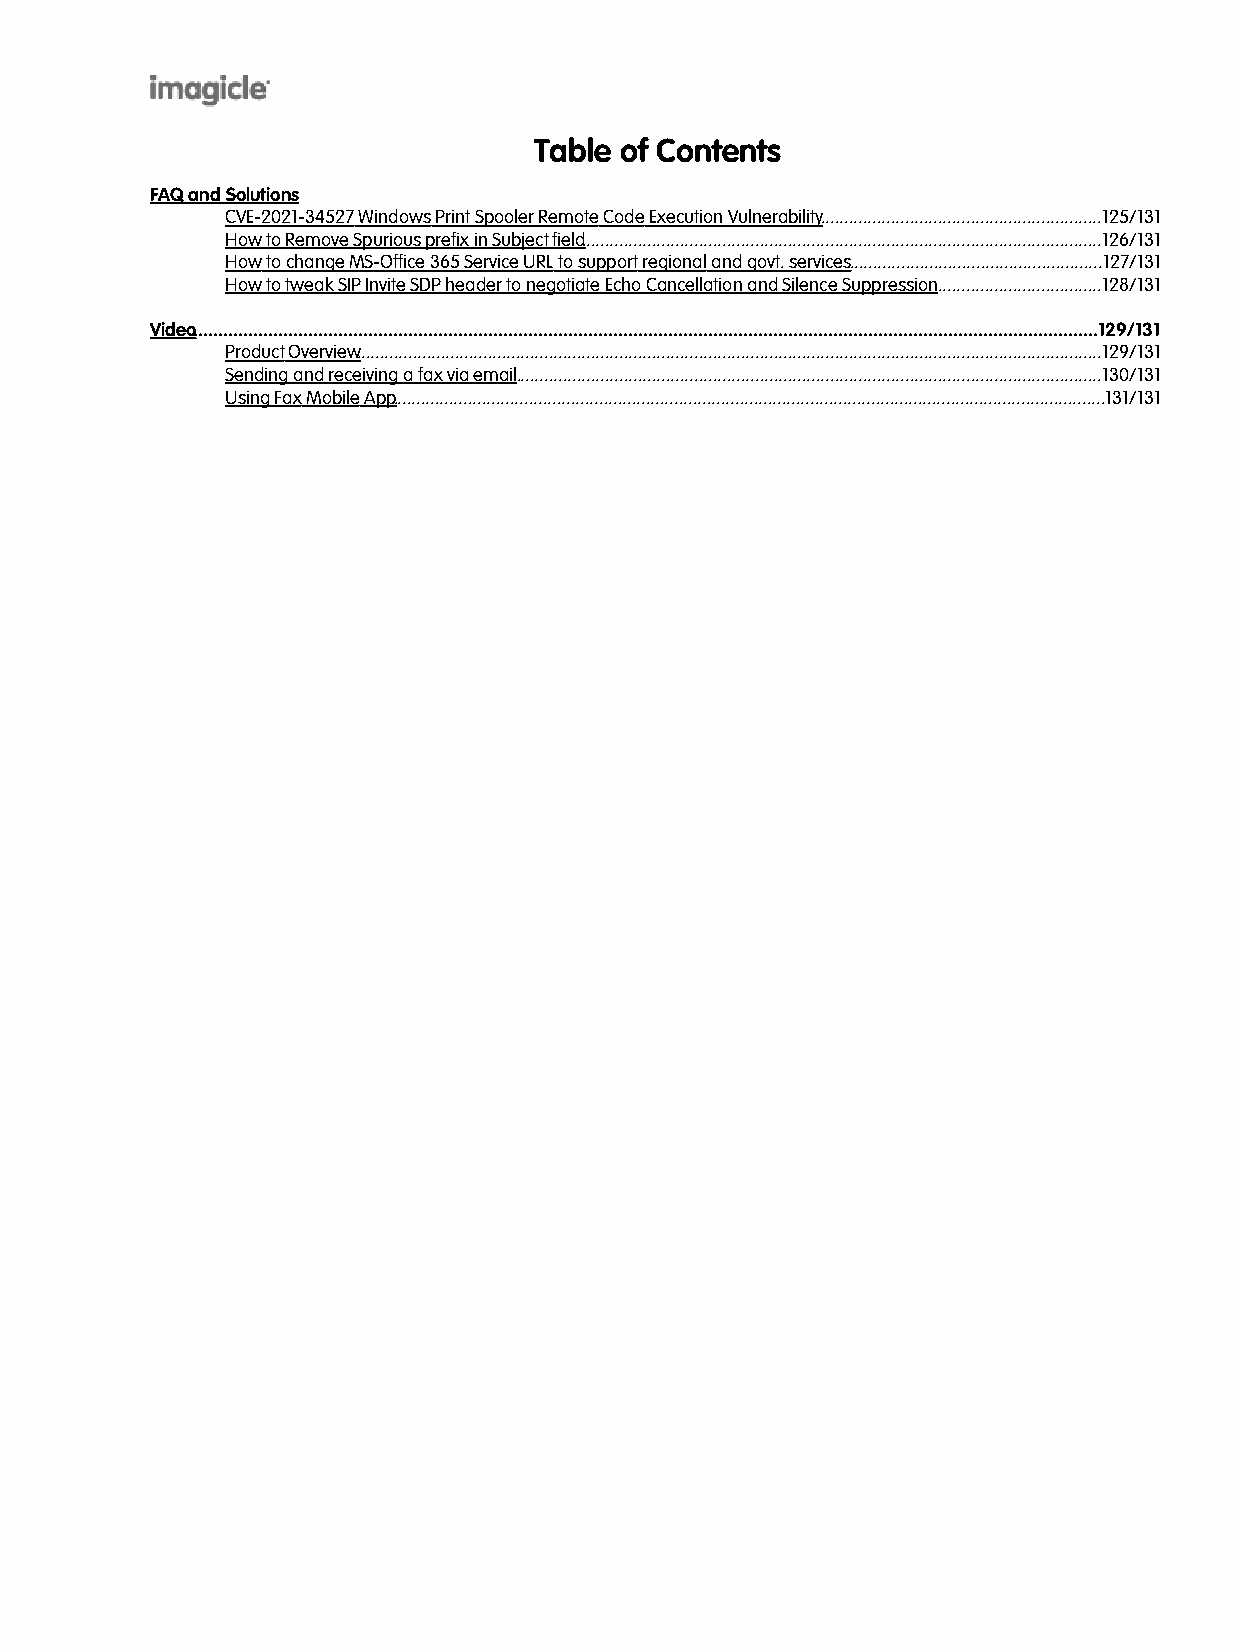
Table  of Contents
 FAQ and Solutions
 CVE-2021-3452 W7 indows Print Spooler Remote Code Execution Vulnerability............................................................125/131
 How to Remove Spurious prefix in Subjec tfield...............................................................................................................126/131
 How to change MS-Office 365 Service URL to support regional and govt. services......................................................127/131
 How to tweak SIP Invite SDP header to negotiate Echo Cancellation and Silence Suppressio.n...................................128/131
 Video.....................................................................................................................................................................................129/131
 Produc tOverview...............................................................................................................................................................129/131
 Sending and receiving a fax via email.............................................................................................................................130/131
 Using Fax Mobile App........................................................................................................................................................131/131